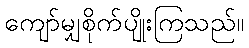
ကျော်မျှစိုက်ပျိုးကြသည်။